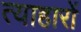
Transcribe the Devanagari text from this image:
त्याहारों